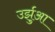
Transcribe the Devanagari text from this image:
उर्झुआ